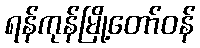
ရန်ကုန်မြို့တော်ဝန်